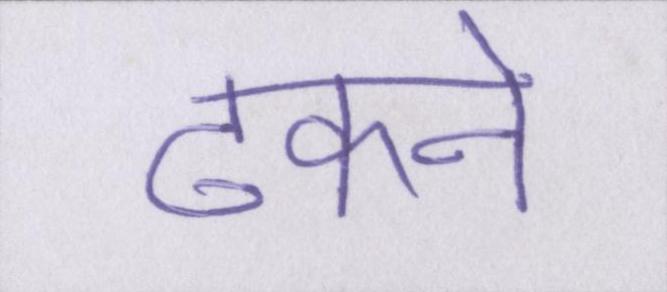
ढंकने